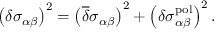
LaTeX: \left( \delta \sigma _ { \alpha \beta } \right) ^ { 2 } = \left( { \overline { { \delta } } } \sigma _ { \alpha \beta } \right) ^ { 2 } + \left( \delta \sigma _ { \alpha \beta } ^ { \mathrm { p o l } } \right) ^ { 2 } .